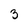
Character: 3